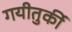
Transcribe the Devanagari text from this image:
गयीतुर्की